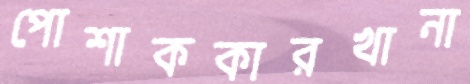
পোশাককারখানা